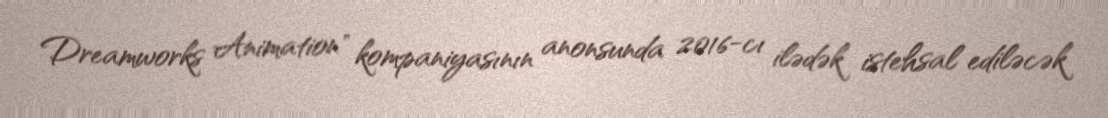
Dreamworks Animation" kompaniyasının anonsunda 2016-cı ilədək istehsal ediləcək